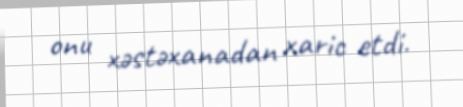
onu xəstəxanadan xaric etdi.